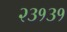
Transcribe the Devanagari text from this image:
२३१३१